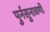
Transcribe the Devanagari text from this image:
पुर्नसुनावणी